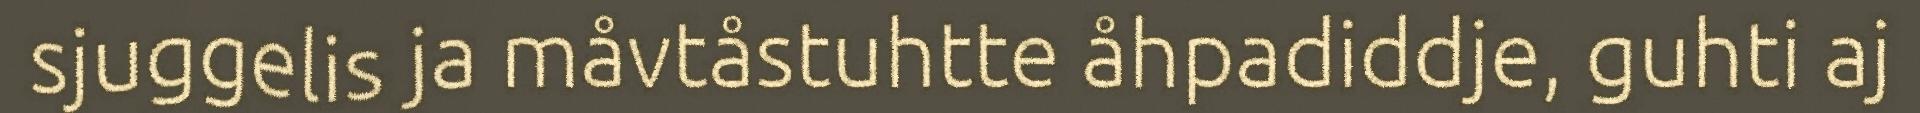
sjuggelis ja måvtåstuhtte åhpadiddje, guhti aj